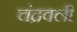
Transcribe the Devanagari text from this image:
चंद्रवली